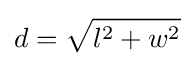
d={\sqrt {l^{2}+w^{2}}}